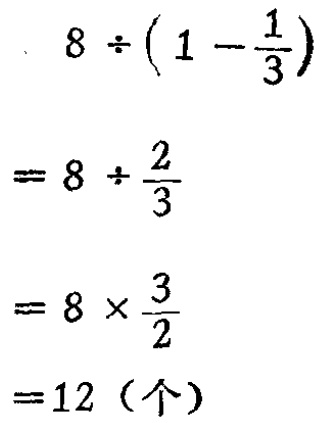
\[

\begin{align*}

&8\div(1 - \frac{1}{3})\\

=&8\div\frac{2}{3}\\

=&8\times\frac{3}{2}\\

=&12（个）

\end{align*}

\]